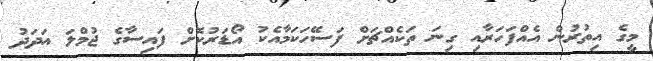
މީގެ އިތުރުން އެއްފަހަރާއި ގިނަ ތަކެއްޗަށް ފަސޭހަކަމާއެކު އޯޑަރުކޮށް ފައިސާގެ ޖުމްލަ އަދަދު